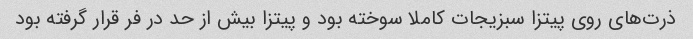
ذرت‌های روی پیتزا سبزیجات کاملا سوخته بود و پیتزا بیش از حد در فر قرار گرفته بود